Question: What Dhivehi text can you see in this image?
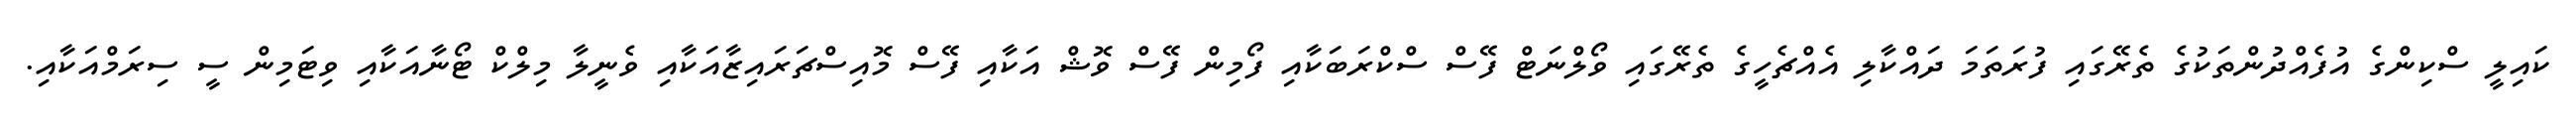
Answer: ކައިލީ ސްކިންގެ އުފެއްދުންތަކުގެ ތެރޭގައި ފުރަތަމަ ދައްކާލި އެއްޗެހީގެ ތެރޭގައި ވޯލްނަޓް ފޭސް ސްކްރަބަކާއި ފޯމިން ފޭސް ވޮޝް އަކާއި ފޭސް މޮއިސްޗަރައިޒާއަކާއި ވެނީލާ މިލްކް ޓޯނާއަކާއި ވިޓަމިން ސީ ސިރަމްއަކާއި.